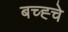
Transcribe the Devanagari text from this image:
बच्ह्चे